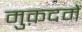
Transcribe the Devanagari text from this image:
मुक़दमें